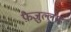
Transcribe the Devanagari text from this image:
फ़ैज़ुल्लाह